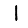
Digit: 1